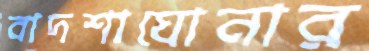
বাদশাঘোনার